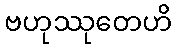
ဗဟုဿုတေဟိ